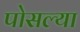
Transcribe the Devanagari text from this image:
पोसल्या